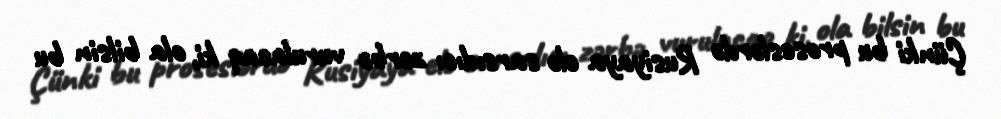
Çünki bu proseslərdə Rusiyaya elə sarsıdıcı zərbə vurulacaq ki, ola bilsin bu